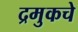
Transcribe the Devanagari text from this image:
द्रमुकचे